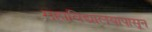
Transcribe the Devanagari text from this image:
महाविद्यालयापासून